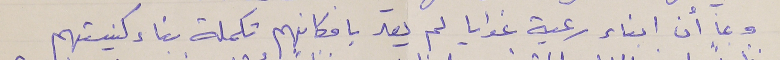
وبما أن ابناء رعية غوايا لم يعد بامكانهم تكملة بناء كنيستهم